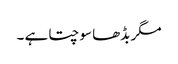
مگر بڈھا سوچتا ہے ۔